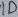
Text: 1D